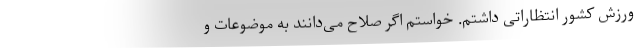
ورزش کشور انتظاراتی داشتم‌. خواستم اگر صلاح می‌دانند به موضوعات و